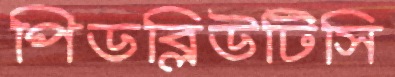
পিডব্লিউটিসি